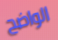
الواضح